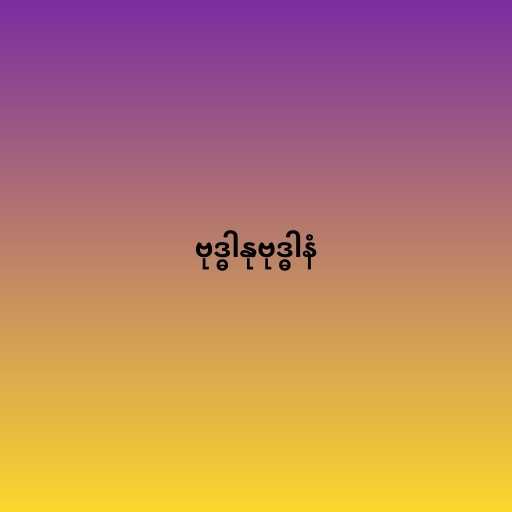
ဗုဒ္ဓါနုဗုဒ္ဓါနံ